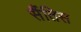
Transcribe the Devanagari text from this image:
सैंतिस